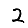
Digit: 2